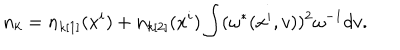
n _ { k } = n _ { k [ 1 ] } ( x ^ { i } ) + n _ { k [ 2 ] } ( x ^ { i } ) \int ( \omega ^ { * } ( x ^ { i } , v ) ) ^ { 2 } \omega ^ { - 1 } d v .